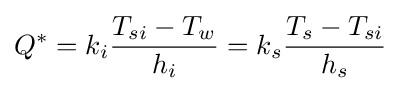
Q^{*}=k_{i}{\frac {T_{si}-T_{w}}{h_{i}}}=k_{s}{\frac {T_{s}-T_{si}}{h_{s}}}